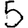
Digit: 5